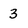
Character: 3